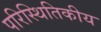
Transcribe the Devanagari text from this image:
परिस्थितिकीय